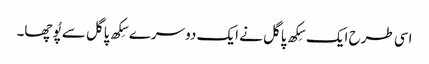
اسی طرح ایک سِکھ پاگل نے ایک دوسرے سِکھ پاگل سے پُوچھا۔